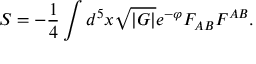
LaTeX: S = - \frac { 1 } { 4 } \int d ^ { 5 } x \sqrt { | G | } e ^ { - \varphi } F _ { A B } F ^ { A B } .